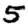
Digit: 5